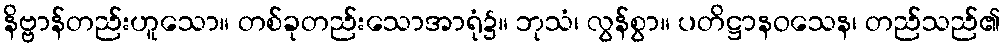
နိဗ္ဗာန်တည်းဟူသော။ တစ်ခုတည်းသောအာရုံ၌။ ဘုသံ၊ လွန်စွာ။ ပတိဋ္ဌာနဝသေန၊ တည်သည်၏